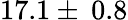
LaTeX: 17.1\pm\: 0.8